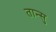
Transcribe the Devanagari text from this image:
तान्सु